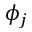
\phi _ { j }